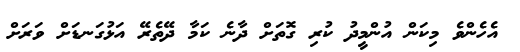
އެހެންވެ މިކަން އުންމީދު ކުރި ގޮތަށް ދާނެ ކަމާ ދޭތެރޭ އަޅުގަނޑަށް ވަރަށް